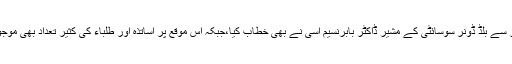
سیمینار سے بلڈ ڈونر سوسائٹی کے مشیر ڈاکٹر بابرنسیم آسی نے بھی خطاب کیا،جبکہ اس موقع پر اساتذہ اور طلباء کی کثیر تعداد بھی موجود تھی۔